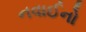
નવાઈનો